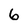
Character: 6